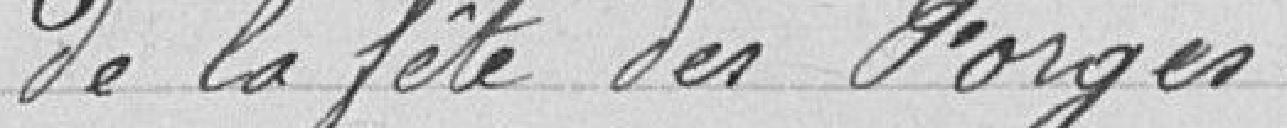
de la fête des Forges.